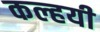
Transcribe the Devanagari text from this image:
कल्हयी